Bulletin of the Pasteur Institute of Southern India, Coonoor - No. 1.
Year: 1908
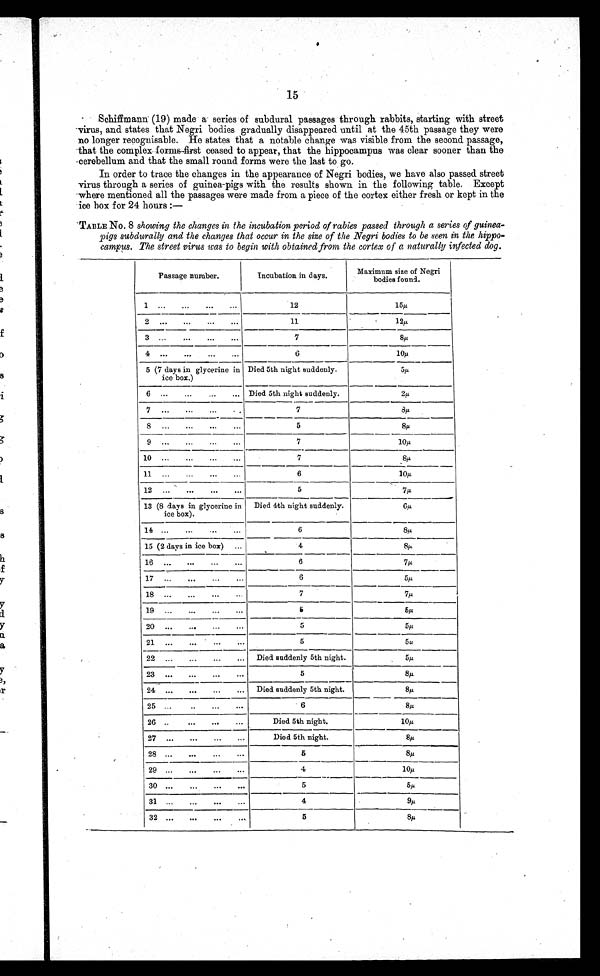
15
Schiffmann (19) made a series of subdural passages through rabbits, starting with street
-virus, and states that Negri bodies gradually disappeared until at the 45th passage they were
no longer recognisable. He states that a notable change was visible from the second passage,
that the complex forms-first ceased to appear, that the hippocampus was clear sooner than the
-cerebellum and that the small round forms were the last to go.
In order to trace the changes in the appearance of Negri bodies, we have also passed street
virus through a series of guinea-pigs with the results shown in the following table. Except
-where mentioned all the passages were made from a piece of the cortex either fresh or kept in the
ice box for 24 hours :—
TABLE No. 8 showing the changes in the incubation period of rabies passed through a series of guinea-
pigs subdurally and the changes that occur in the size of the Negri bodies to be seen in the hippo-
campus. The street virus was to begin with obtained from the cortex of a naturally infected dog.
Passage number.
Incubation in days.
Maximum size of Negri
bodies found.
1 ...
...
...
...
12
1 5 µ
2 ...
11
1 2 µ
7
-
8 µ
6
10µ
5 (7 days in glycerine in
ice box.)
Died 5th night suddenly.
5 µ
6 ...
...
...
... Died 5th night suddenly.
2 µ
7
8µ
5
8µ
9
7
10µ
10
7
8 µ
6
10µ.
12
..
•••
•••
•••
5
7 µ
13 (8 days in glycerine in
ice box).
Died 4th night suddenly.
6µ
14
6
8µ
15 (2 days in ice box)
...
4
8 p
16 ...
...
6
7µ
6
5,u.
7
7µ
5
5µ
5
5µ
5
5u
22 ...
...
...
...
Died suddenly 5th night.
5µ
5
8/./.
24
...
...
...
...
D ied suddenly 5th night.
8µ
25 ...
••
•••
•••
6
8µ
26 ..
..
•••
Died 5th night.
10u
Died 5th night.
8p
5
8µ
29
4
10µ
5
5µ
31
•••
•••
4
9µ
5
8µ